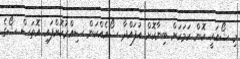
މި ޝޯއަކީ ކޮން ކަމަކަށް ބިނާކޮށް އުފައްދާ ޝޯއެއްކަން ސިއްރުކޮށްފައި އޮތަސް ޝޯގެ